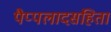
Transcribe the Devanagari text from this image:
पैप्पलादसंहिता